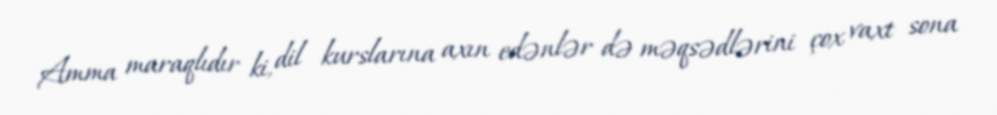
Amma maraqlıdır ki, dil kurslarına axın edənlər də məqsədlərini çox vaxt sona